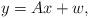
LaTeX: \begin{align*}y = Ax + w, \end{align*}